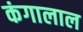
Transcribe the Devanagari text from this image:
कंगालाल